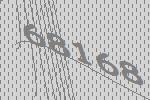
68168